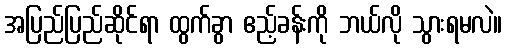
အပြည်ပြည်ဆိုင်ရာ ထွက်ခွာ ဧည့်ခန်းကို ဘယ်လို သွားရမလဲ။